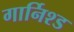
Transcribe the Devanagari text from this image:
गार्निश्ड